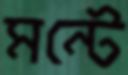
মন্টে